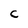
Character: C